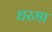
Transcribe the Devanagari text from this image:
धरमा